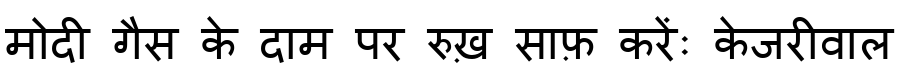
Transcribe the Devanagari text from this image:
मोदी गैस के दाम पर रुख़ साफ़ करेंः केजरीवाल